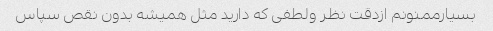
بسیارممنونم ازدقت نظر ولطفی که دارید مثل همیشه بدون نقص سپاس